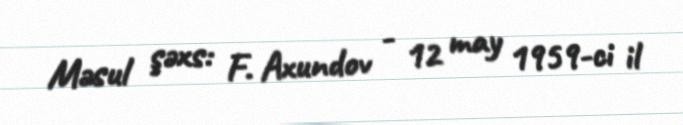
Məsul şəxs: F. Axundov - 12 may 1959-ci il